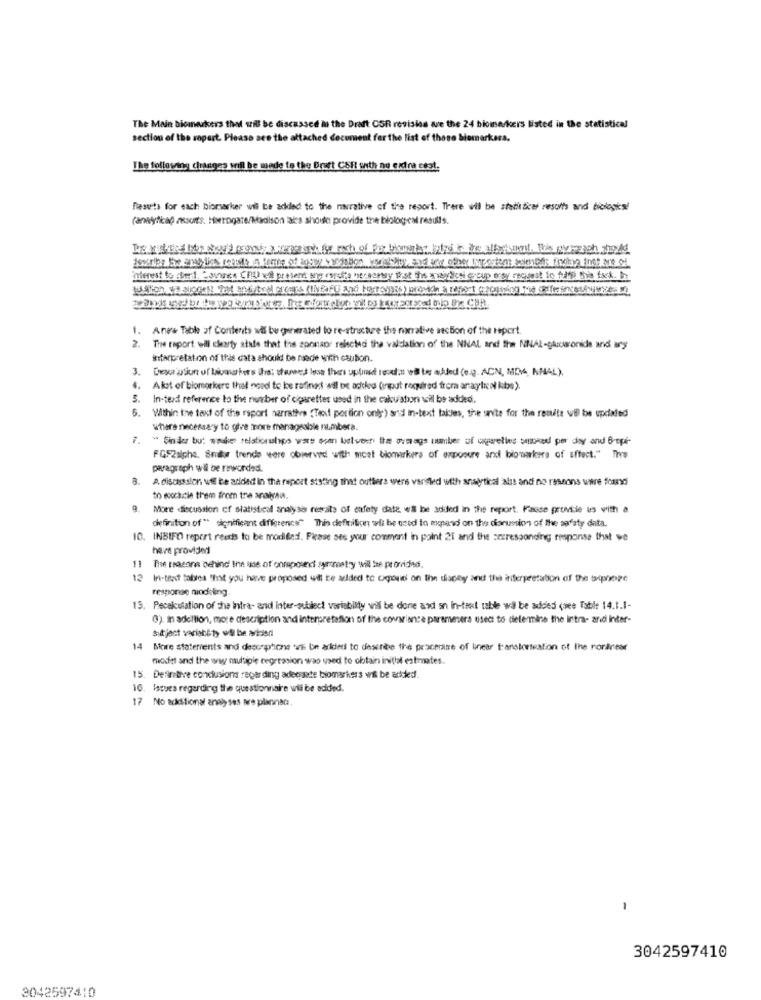
The Main biomarkers that will be discussed at the Draft OSR revisies we the 24 biomarkers listed in the statistical
section of the ropart. Please see the attached document fer the list of those biomarkers.
The following changes will be made to the Brett CSF with no extra cest.
Resuts for each biomarker wil be added to the narrative of the report. There will be statisticas results and biologks!
(analytica) resorts. Heerogare/Madison aks shoute provide the biologyel results.
interest to ssel, bovines Chu will present wyg corethe hersensy ist the miydiesi group ersy request to foi Sie tsek. I
1. Ana's Table of Contents wil be generated to re-structure the narrative section of the report.
. The report will clearly atale that the sponsor rejectedi the validation of the NNAL and the NHLAL-grusonide and any
interpretation of this data should be ruede with caubon.
3.
Dexa usun of biomarkers the; shesees less then uplink toodd.u wil be added (e.g. ACN, MDA, NNAL).
4. Akst of biomorivers that need to be rafinet will be added (input required from anatun kbs).
5.
In-terd reference to the number of cigarettes used in the cakuston will be added.
6.
Within the text of the raport narratives (Teof portion only) and in-text takles, the unite for the remita wil be updated
where necessary to give more manageable numbera.
7.
" Finder but weuke relationships wars som between the average number of carelles smoked per day and Brepé-
FGFRalphs, Smr trende were observed with moet blomarkera of exposure and ligroarkera of affect." The#
paragraph wil be reworded.
A. discussion wil be aridad in the report stating that outliers wers vanled with anaytical als and no ressons were found
to ecocicie them from tre analysis.
More discussion of statistical analysis retrato of safety date w& be added in the report. Fasse provide us with a
definition of " significant difference" This definition wil be used to expand on the darumsion of the safety data.
10. INBIFO report reeds to be morilles, Please ses your comment in point 21 and the serresponding response that we
have provided
11
The reason behind the use of ohraposet symmetry will the provided.
12 In-text tabla that you have proposed will te alded to cimone on Ihn disney and the aferperetation of the uxiphone
response nindeling.
15. Pecalculation of the intra- and Inter-subiect variability wil be done and sn In-text table wi be added (wee Table 14.1.1-
0). in adeltion, more description and interpretation of the covariance paramesera used to determine the intra- and inter-
Sik jact variabl ty wil be arisen
14
More statements and descriptions wil be ariders to desenhe the proceratre of linear toansiosation of the nordrear
model and the way multiple regression wao used to obtain initial estmates.
15. Definitive conclusions regarding adequate biomarkers wil be added.
16. Issues regarding the questionnaire will be added.
17 No adstional analy ses are planned.
-
3042597410
3042597410